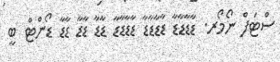
ސްޓަފް ނޯމޯރ. ޑާޑާޑާޑާ ޑާޑާޑާޑާ ޑާޑާޑާޑާ ޑާޑާ ޑާޑާ ޑާޑާ ޑޯންޓް ބީ